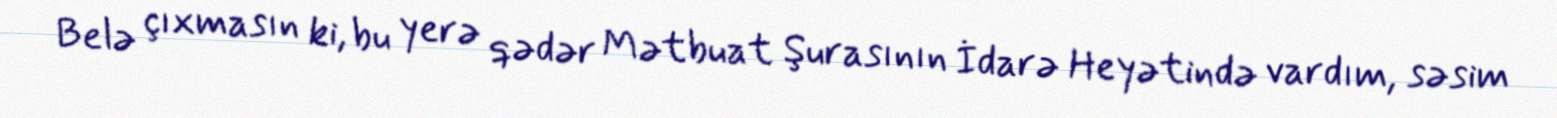
Belə çıxmasın ki, bu yerə qədər Mətbuat Şurasının İdarə Heyətində vardım, səsim